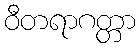
ဝီတရာဂတ္တာ